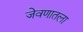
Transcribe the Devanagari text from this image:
जेवणातला